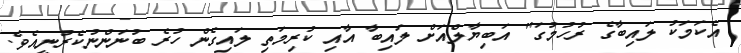
އެކަމަކު ލައިބާގެ ރުހުމުގަ" އަބިޔާލްއަށް ލައިބާ އާއި ކުރިމަތި ލައިގެން ހުރެ ބުނަންނުކެރުނީއެވެ.